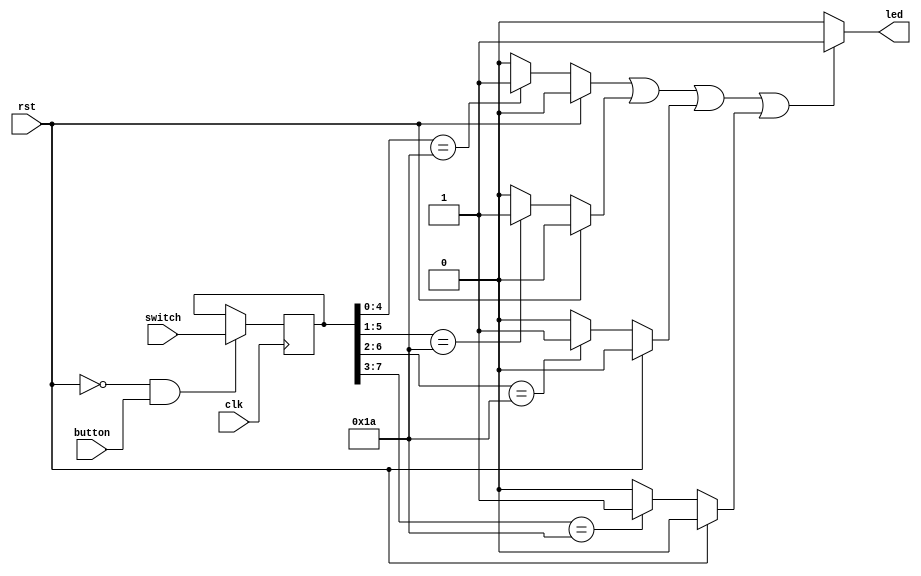
module sequence_detection(
	input wire clk,
	input wire rst,
	input wire button,
	input wire [7:0] switch,
	output reg led
	);

	parameter Mode_string = 5'B01011;
	reg [7:0] Current_state;   //Store Current State, alters only when button is being pressed. 
	reg [3:0] Bit_buffer;      //Store matching status.
	reg [0:0] Buffer;          //Store led status, when clock edge comes, assign to led output.

	initial begin
		Current_state = 8'B00000000;
		Buffer = 1'B0;
		Bit_buffer = 4'B0000;
	end

	always @(posedge clk) begin
		if(rst == 0 && button == 1) begin
			Current_state <= switch;
		end
	end            //Module 1, describes the shifting of status from last to current.

	always @(*) begin
	    Bit_buffer = 0;
		if(rst == 0) begin
			if(Current_state[4:0] == 5'B11010)
				Bit_buffer[0] = 1;
			if(Current_state[5:1] == 5'B11010)
				Bit_buffer[1] = 1;
			if(Current_state[6:2] == 5'B11010)
				Bit_buffer[2] = 1;
			if(Current_state[7:3] == 5'B11010)
				Bit_buffer[3] = 1;
		end
		else
		  Bit_buffer = 0;
	end            //Module 2, describes the condition for status transmission.

	always @(Bit_buffer) begin
        led = 1'B0;
		if(Bit_buffer[0] == 1 || Bit_buffer[1] == 1
		       || Bit_buffer[2] == 1 || Bit_buffer[3] == 1)
			led = 1'B1;
		else
			led = 1'B0;
	end            //Module 3, describes the output of status register.

endmodule